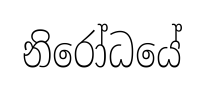
නිරෝධයේ